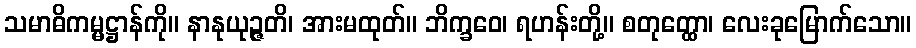
သမာဓိကမ္မဋ္ဌာန်ကို။ နာနုယုဉ္ဇတိ၊ အားမထုတ်။ ဘိက္ခဝေ၊ ရဟန်းတို့။ စတုတ္ထော၊ လေးခုမြောက်သော။